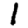
Digit: 1